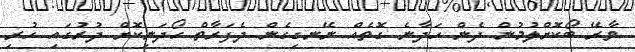
ވާރޭ ބޯކޮށްލުމުން ދެން ހަދާނެ ގޮތެއް ނޭނގިގެން ދެފަރާތް ހޯދަނިކޮށް ދުރުގައި ހުރި